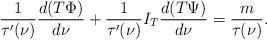
LaTeX: \begin{align*} \frac{1}{\tau'(\nu)}\frac{d (T\Phi)}{d\nu} + \frac{1}{\tau'(\nu)} I_T \frac{d (T\Psi)}{d\nu} = \frac{m}{\tau(\nu)}.\end{align*}